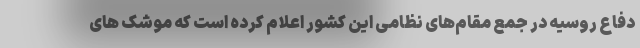
دفاع روسیه در جمع مقام‌های نظامی این کشور اعلام کرده است که موشک های